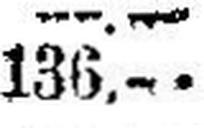
136.—